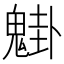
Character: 𩳴